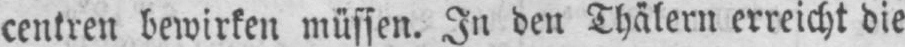
centren bewirken müssen. In den Thälern erreicht die